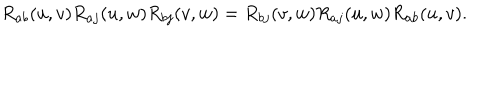
R _ { a b } ( u , v ) R _ { a j } ( u , w ) R _ { b j } ( v , w ) = R _ { b j } ( v , w ) R _ { a j } ( u , w ) R _ { a b } ( u , v ) .